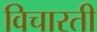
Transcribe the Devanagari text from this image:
विचारती